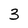
Character: 3